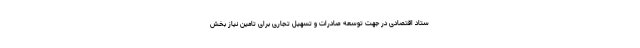
ستاد اقتصادی در جهت توسعه صادرات و تسهیل تجاری برای تامین نیاز بخش